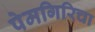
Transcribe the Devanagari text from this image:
पेमगिरिचा